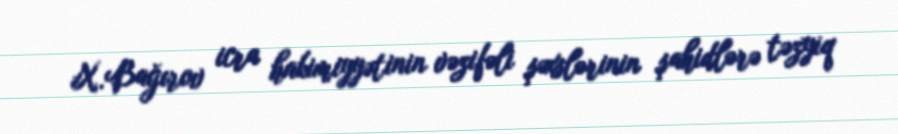
X.Bağırov icra hakimiyyətinin vəzifəli şəxslərinin şahidlərə təzyiq